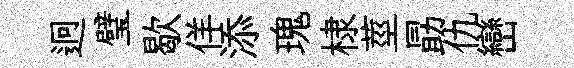
迥璧歇佯添瑰棣莖勗仇巒